Report of an investigation of the epidemic of malarial fever in Assam, or, kala-azar
Disease focus: Malaria
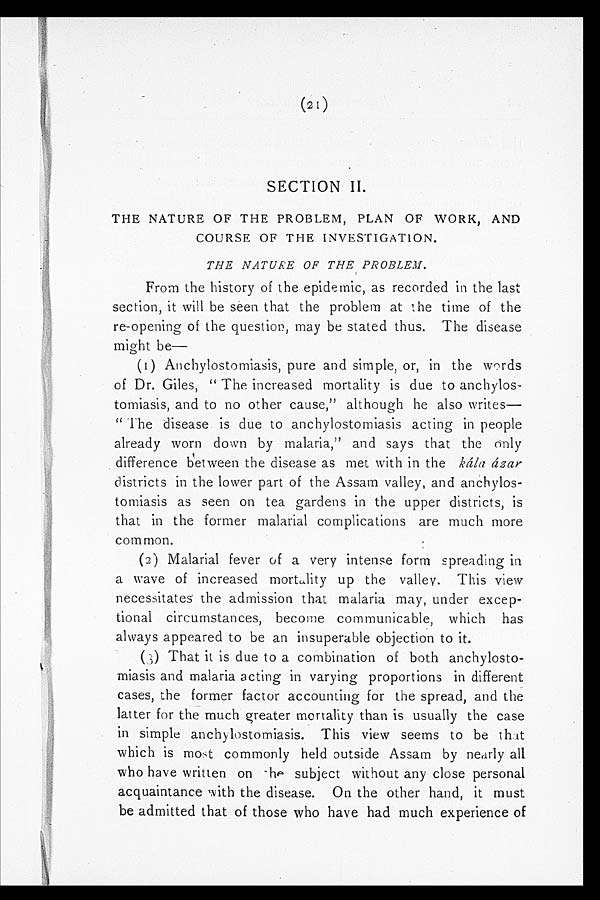
(21)
SECTION II.
THE NATURE OF THE PROBLEM, PLAN OF WORK, AND
COURSE OF THE INVESTIGATION.
THE NATURE OF THE PROBLEM.
From the history of the epidemic, as recorded in the last
section, it will be seen that the problem at the time of the
re-opening of the question, may be stated thus. The disease
might be
—
(1) Anchylostomiasis, pure and simple, or, in the words
of Dr. Giles, " The increased mortality is due to anchylos-
tomiasis, and to no other cause," although he also writes-
" The disease is due to anchylostomiasis acting in people
already worn down by malaria," and says that the only
difference between the disease as met with in the kála ázar
districts in the lower part of the Assam valley, and anchylos-
tomiasis as seen on tea gardens in the upper districts, is
that in the former malarial complications are much more
common.
(2) Malarial fever of a very intense form spreading in
a wave of increased mortality up the valley. This view
necessitates the admission that malaria may, under excep-
tional circumstances, become communicable, which has
always appeared to be an insuperable objection to it.
(3) That it is due to a combination of both anchylosto-
miasis and malaria acting in varying proportions in different
cases, the former factor accounting for the spread, and the
latter for the much greater mortality than is usually the case
in simple anchylostomiasis. This view seems to be that
which is most commonly held outside Assam by nearly all
who have written on he subject without any close personal
acquaintance with the disease. On the other hand, it must
be admitted that of those who have had much experience of